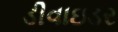
ડીવાઇડર